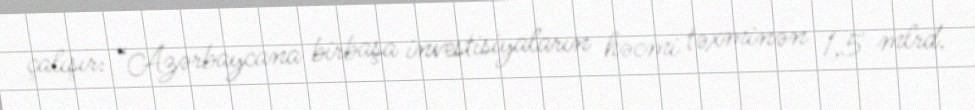
çalışır: “Azərbaycana birbaşa investisiyaların həcmi təxminən 1,5 mlrd.